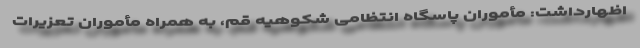
اظهارداشت: مأموران پاسگاه انتظامی شکوهیه قم، به همراه مأموران تعزیرات